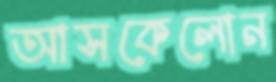
আসকেলোন